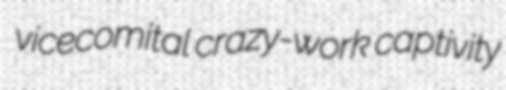
vicecomital crazy-work captivity